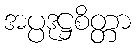
အပ္ပဒုဋ္ဌစိတ္တာ